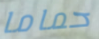
حماما